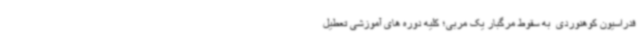
فدراسیون کوهنوردی  به سقوط مرگبار یک مربی؛ کلیه دوره های آموزشی تعطیل